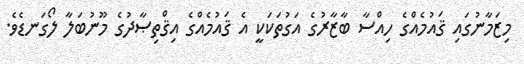
މިޒަމާނުގައި ޤައުމެއްގެ ހިއްސާ ބާޒާރުގެ އަގުތަކަކީ އެ ޤައުމެއްގެ އިޤްތިޞާދުގެ މޫނުބަލާ ލޯގަނޑެވެ.